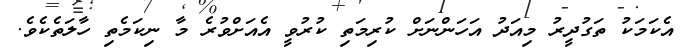
އެކަމަކު ތަގުދީރު މިއަދު އަހަންނަށް ކުރިމަތި ކުރުވީ އެއަށްވުރެ މާ ނިކަމެތި ހާލަތެކެވެ.